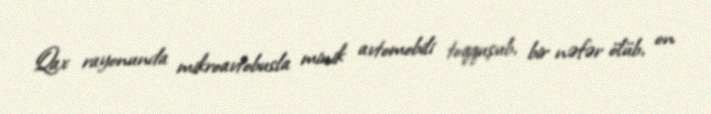
Qax rayonunda mikroavtobusla minik avtomobili toqquşub, bir nəfər ölüb, on